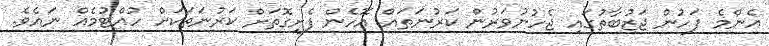
އެންމެ ފަހުން ޖަޒުބާތުގައި ޖެހުނުވަރުން ކަރުނަތައް އޮހެން ފެށިގޮތަށް ކަރުނަތަކަށް ހުއްޓުމެއް ނައެވެ.